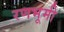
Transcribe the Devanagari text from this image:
रणभूमी